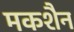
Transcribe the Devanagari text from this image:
मकशैन